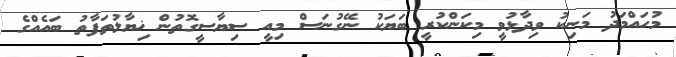
މުހައްމަދު މަނިކު ވިދާޅުވީ މިކަންކުރީ ބަޔަކު ނޭގުނަސް މިއީ ސިޔާސީގޮތުން ޚިޔާލުތަފާތު ބައެއްގެ